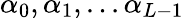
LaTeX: \alpha_{0},\alpha_{1},...\alpha_{L-1}